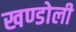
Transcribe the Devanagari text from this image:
खण्डोली